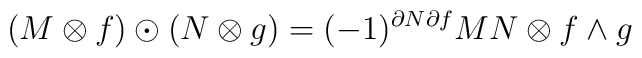
(M\otimes f) \odot (N\otimes g) = (-1)^{\partial N \partial f}                                  MN\otimes f\wedge g